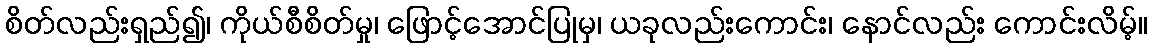
စိတ်လည်းရှည်၍၊ ကိုယ်စီစိတ်မှု၊ ဖြောင့်အောင်ပြုမှ၊ ယခုလည်းကောင်း၊ နောင်လည်း ကောင်းလိမ့်။